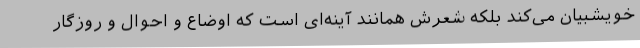
خویشبیان می‌کند بلکه شعرش همانند آینه‌ای است که اوضاع و احوال و روزگار